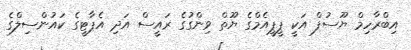
އިބްރާހިމް ޔޫސުފް އަކީ ޕީޕީއެމްގެ ޔޫތް ވިންގުގެ ރައީސް އަދި އެޕާޓީގެ ކައުންސިލްގެ